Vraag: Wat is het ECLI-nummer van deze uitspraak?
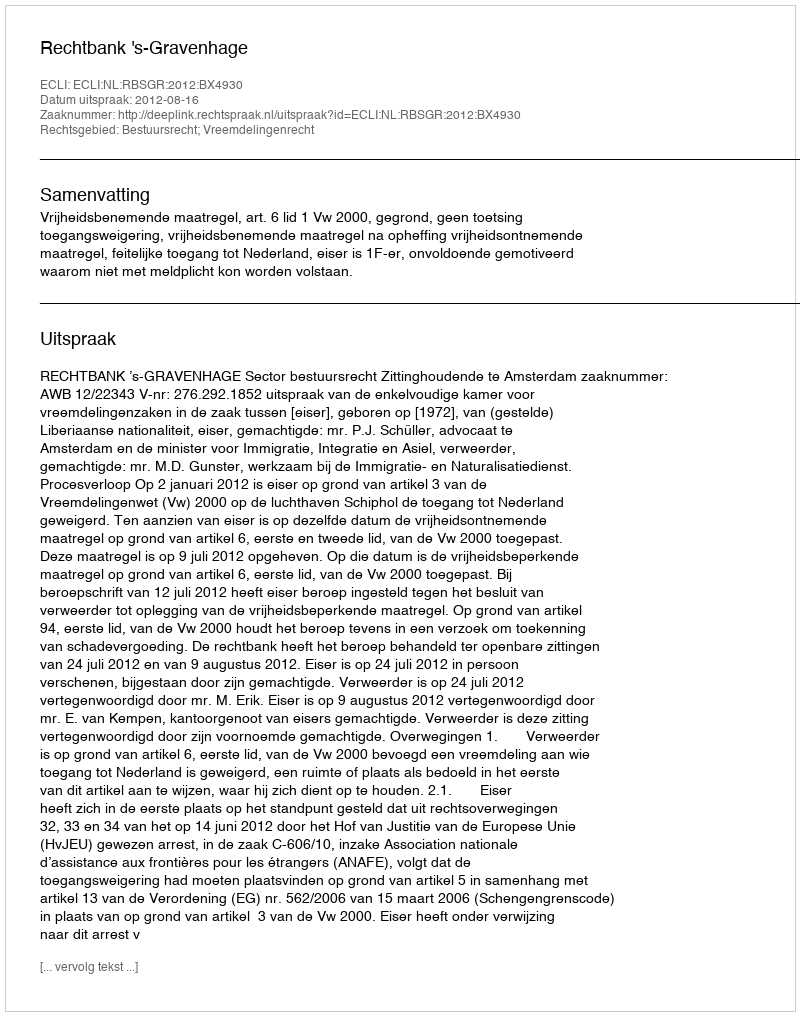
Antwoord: ECLI:NL:RBSGR:2012:BX4930